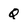
Character: Q